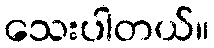
သေးပါတယ်။